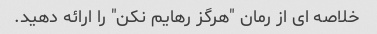
خلاصه ای از رمان "هرگز رهایم نکن" را ارائه دهید.